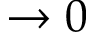
\rightarrow 0